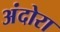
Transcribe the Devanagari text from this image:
अंदोरा